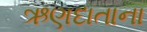
ઋણદાતાના